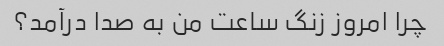
چرا امروز زنگ ساعت من به صدا درآمد؟